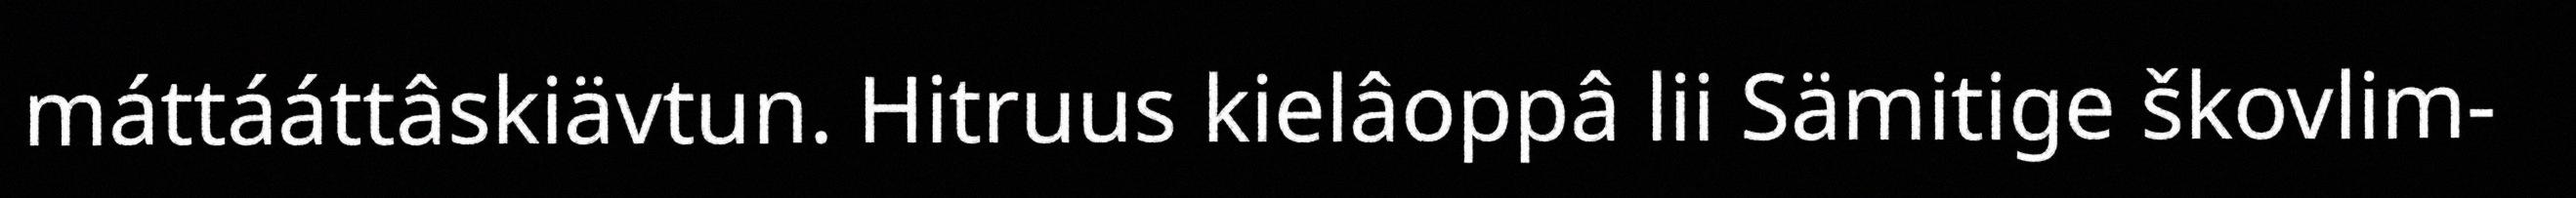
máttááttâskiävtun. Hitruus kielâoppâ lii Sämitige škovlim-